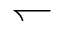
\leftharpoondown